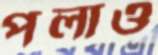
পলাও